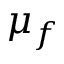
\mu _ { f }